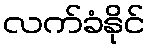
လက်ခံနိုင်